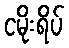
ငမိုးရိပ်